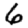
Digit: 6